65_HS1-834228961_62-HQ-83894_Serial_438
Agency: FBI
Page 27
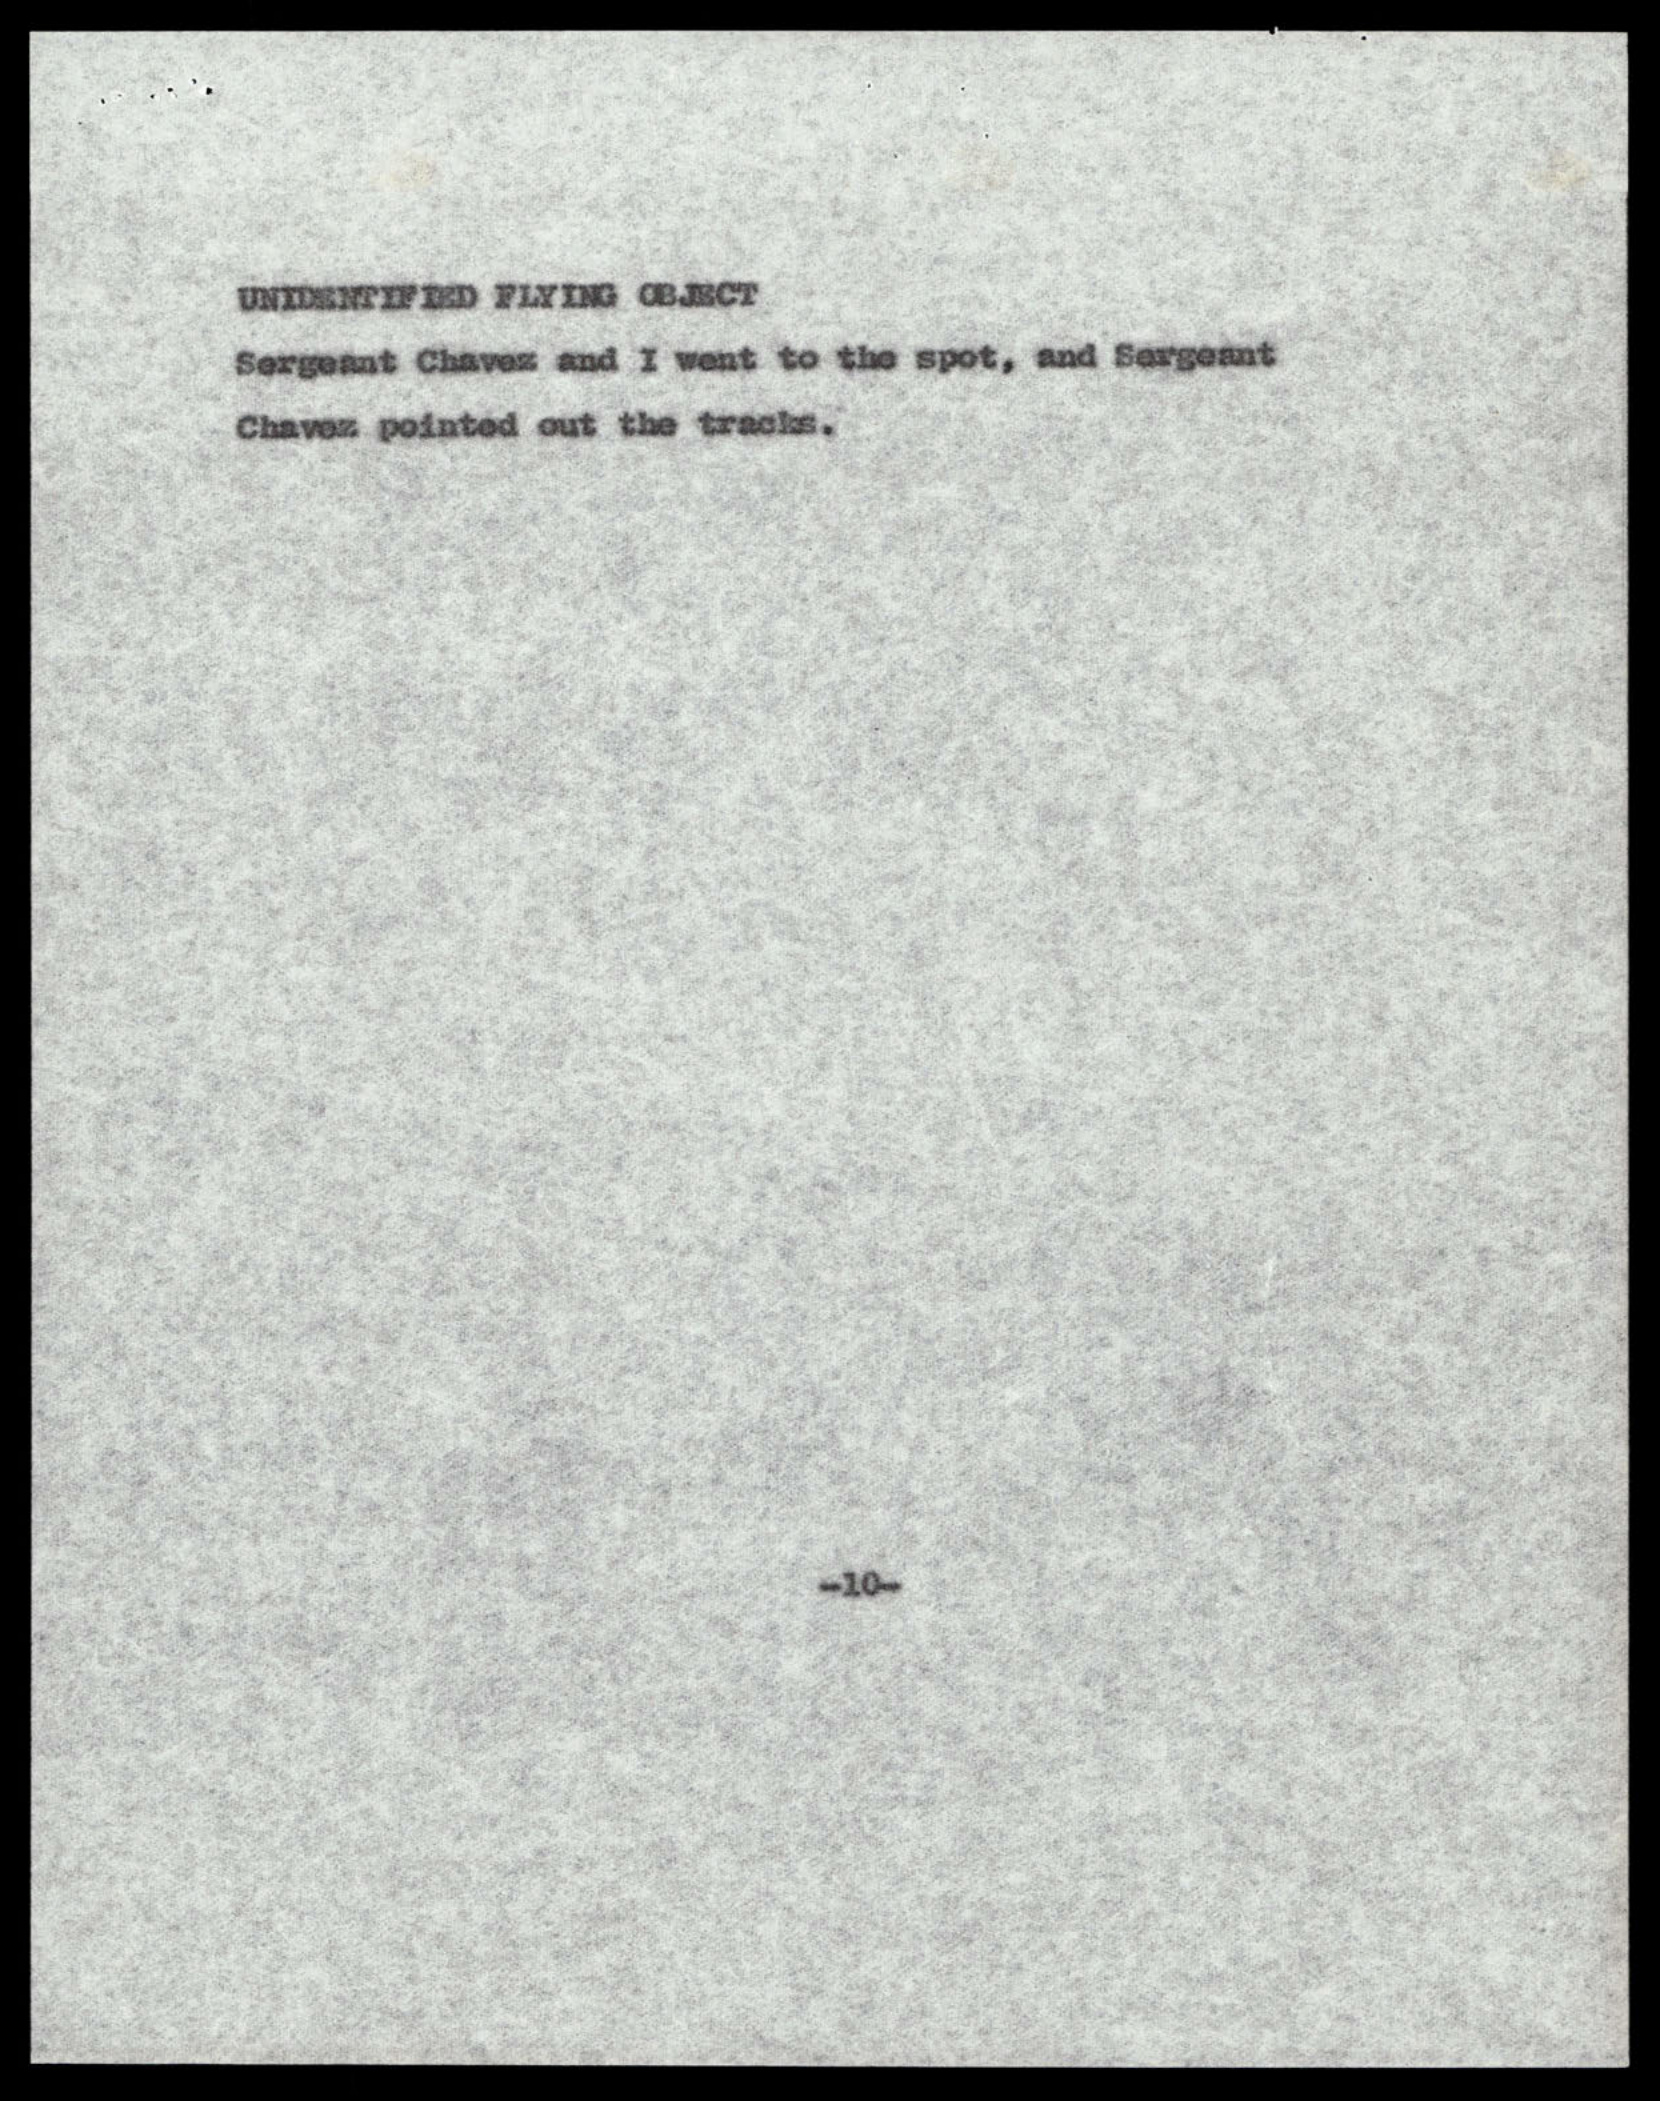